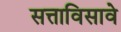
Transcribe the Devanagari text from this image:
सत्ताविसावे